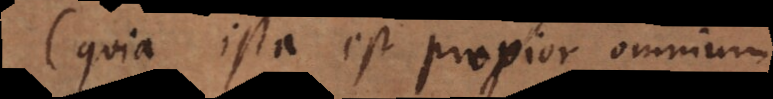
quia ista est propior omnium